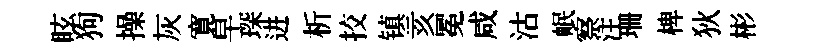
眩狗操灰寛皁琛进析挍镇亥冕咸沽岷察注珊椑狄彬